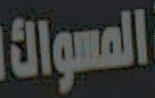
المسواك